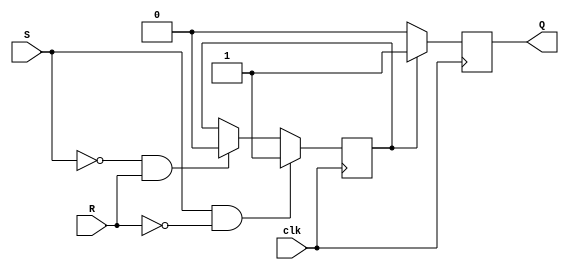
module sr_ff (
  input wire clk, 
  input wire S, 
  input wire R, 
  output reg Q
);

reg master_latch, slave_latch;

always @(posedge clk) begin
  if (S && !R) begin
    master_latch <= 1'b1;
  end else if (!S && R) begin
    master_latch <= 1'b0;
  end
end

always @(posedge clk) begin
  if (master_latch) begin
    slave_latch <= 1'b1;
  end else begin
    slave_latch <= 1'b0;
  end
end

assign Q = slave_latch;

endmodule